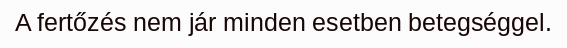
A fertőzés nem jár minden esetben betegséggel.